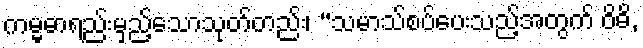
ကမ္မဓာရည်းမှည့်သောသုတ်တည်း၊ “သမာသ်စပ်ပေးသည့်အတွက် ဝိဓိ,